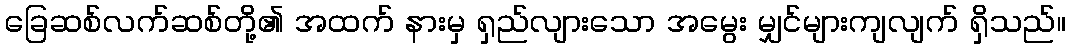
ခြေဆစ်လက်ဆစ်တို့၏ အထက် နားမှ ရှည်လျားသော အမွေး မျှင်များကျလျက် ရှိသည်။